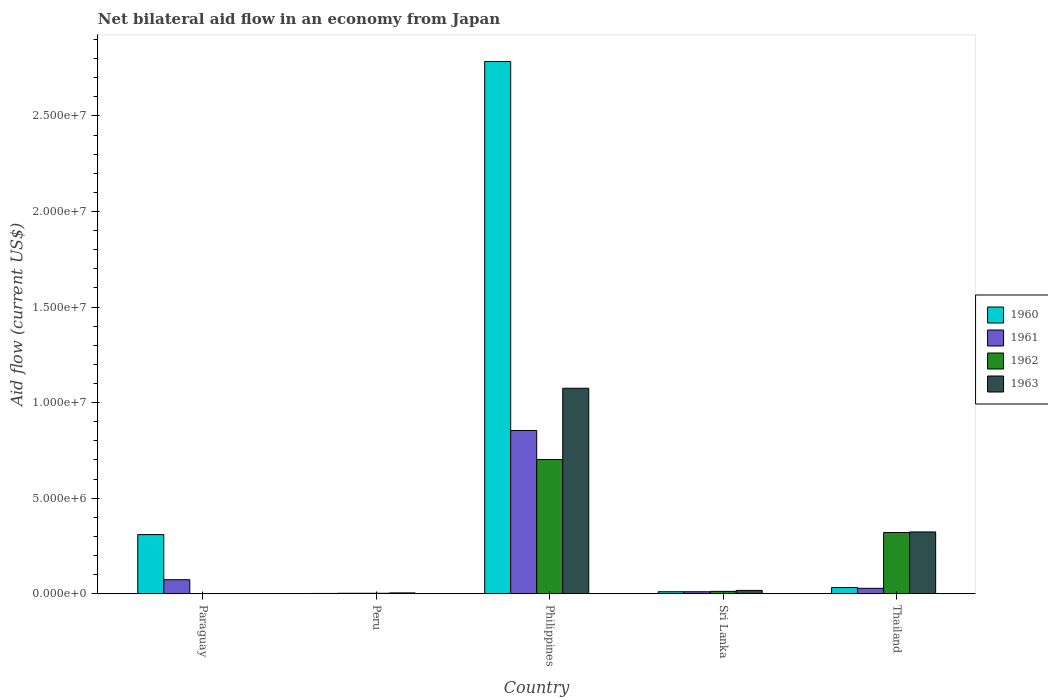
| Country | 1960 | 1961 | 1962 | 1963 |
 | --- | --- | --- | --- | --- |
 | Paraguay | 3.09e+06 | 7.3e+05 | -4.1e+05 | -4.1e+05 |
 | Peru | 1e+04 | 2e+04 | 2e+04 | 4e+04 |
 | Philippines | 2.78e+07 | 8.54e+06 | 7.02e+06 | 1.08e+07 |
 | Sri Lanka | 1e+05 | 1e+05 | 1.2e+05 | 1.7e+05 |
 | Thailand | 3.2e+05 | 2.8e+05 | 3.2e+06 | 3.23e+06 |